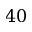
4 0